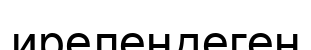
ирелеңдеген